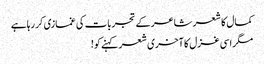
کمال کا شعر شاعر کے تجربات کی غمازی کر رہاہے
مگر اسی غزل کا آخری شعر کہنے کو!